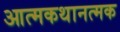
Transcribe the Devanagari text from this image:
आत्मकथानत्मक